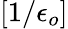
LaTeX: [1/\epsilon_{o}]